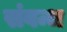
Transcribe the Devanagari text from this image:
संवन्ध